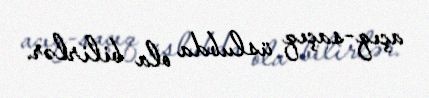
açıq-saçıq üslubda ola bilirlər.